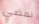
نمضي